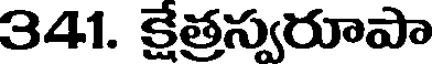
341. క్షేత్రస్వరూపా